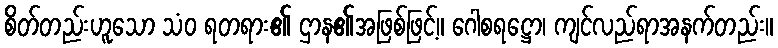
စိတ်တည်းဟူသော သံဝ ရတရား၏ ဌာန၏အဖြစ်ဖြင့်။ ဂေါစရဋ္ဌော၊ ကျင်လည်ရာအနက်တည်း။